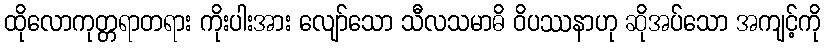
ထိုလောကုတ္တရာတရား ကိုးပါးအား လျော်သော သီလသမာဓိ ဝိပဿနာဟု ဆိုအပ်သော အကျင့်ကို